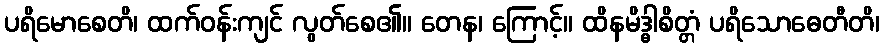
ပရိမောစေတိ၊ ထက်ဝန်းကျင် လွတ်စေ၏။ တေန၊ ကြောင့်။ ထိနမိဒ္ဓါစိတ္တံ ပရိသောဓေတီတိ၊